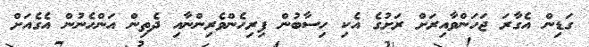
ގަޑިން އެގާރަ ޖަހަންވާއިރަށް ރަށުގެ އެކި ހިސާބުން ފިރިހެންވެރިންނާއި ދެތިން އަންހެނުން އެގެއަށް